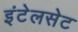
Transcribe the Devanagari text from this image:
इंटेलसेट